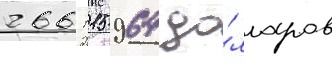
266 115 964 до́лларов